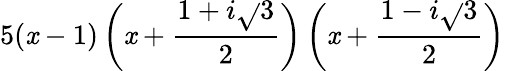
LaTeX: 5(\mathit{x}-1)\left(\mathit{x}+{\frac{{1+i{\sqrt{}{{3}}}}}{{2}}}\right)\left(\mathit{x}+{\frac{{1-i{\sqrt{}{{3}}}}}{{2}}}\right)